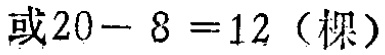
或\(20 - 8 = 12\)（棵）